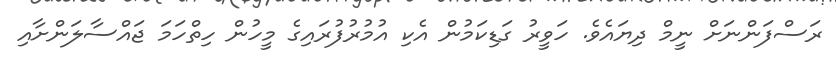
ރަސްފަންނަށް ނީމް ދިޔައެވެ. ހަވީރު ގަޑިކަމުން އެކި އުމުރުފުރައިގެ މީހުން ހިތްހަމަ ޖައްސާލަންށާއި